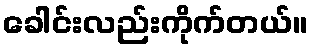
ခေါင်းလည်းကိုက်တယ်။